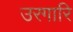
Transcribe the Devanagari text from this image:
उरगारि